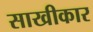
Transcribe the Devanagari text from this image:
साखीकार